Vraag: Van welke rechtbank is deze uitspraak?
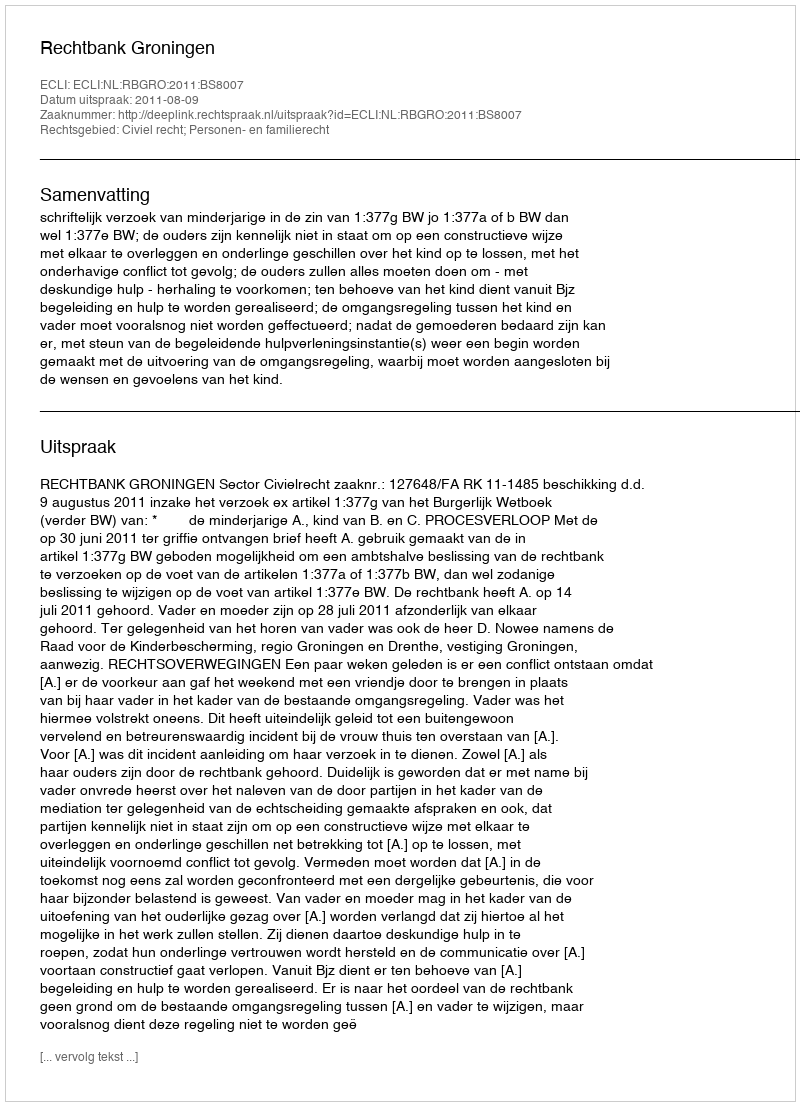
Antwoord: Rechtbank Groningen